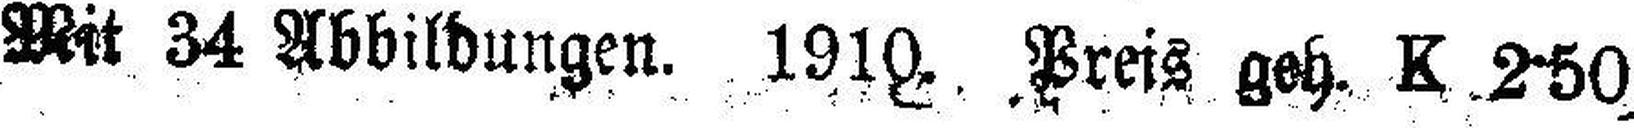
Mit 34 Abbildungen. 1910. Preis geh. K 2-50